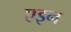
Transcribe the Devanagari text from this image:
एइन